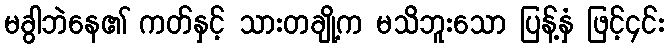
မခွါဘဲနေ၏ ကတ်နှင့် သားတချို့က မသိဘူးသော ပြန့်နှံ ဖြင့်၄င်း